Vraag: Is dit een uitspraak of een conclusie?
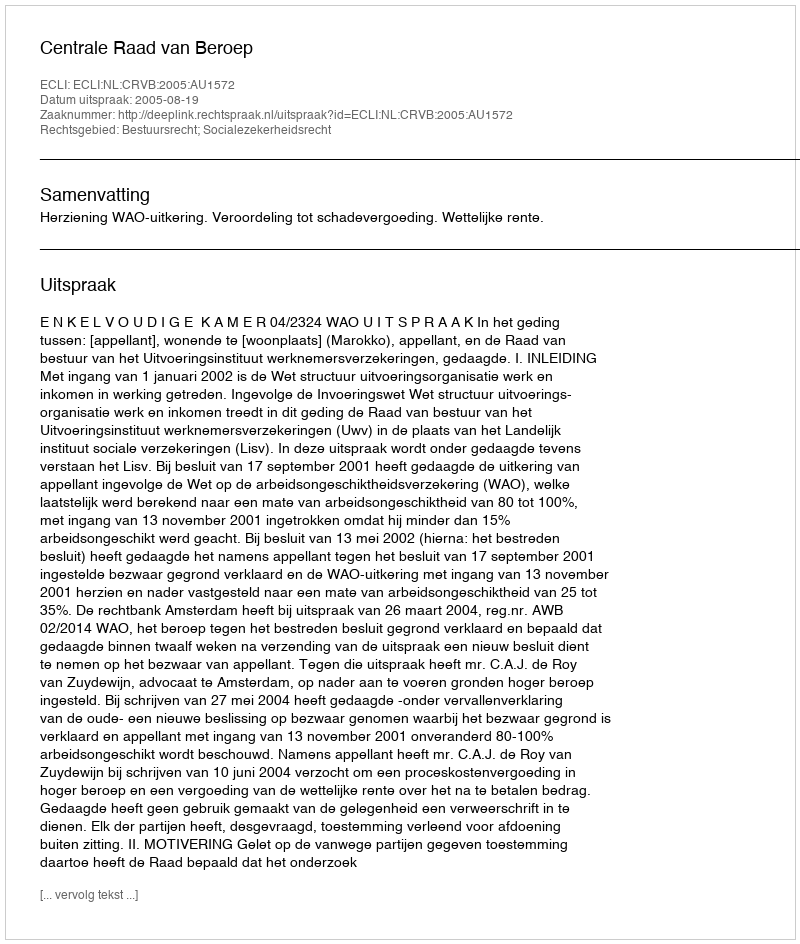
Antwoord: Uitspraak